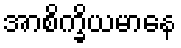
အာစိက္ခိယမာနေ